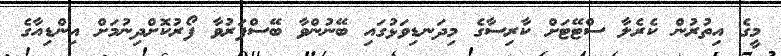
މީގެ އިތުރުން ކެރެލާ ސްޓޭޓަށް ކާރިސާގެ މިދަނޑިވަޅުގައި ބޭނުންވާ ބޭސްފަރުވާ ފޯރުކޮށްދިނުމަށް އިންޑިއާގެ